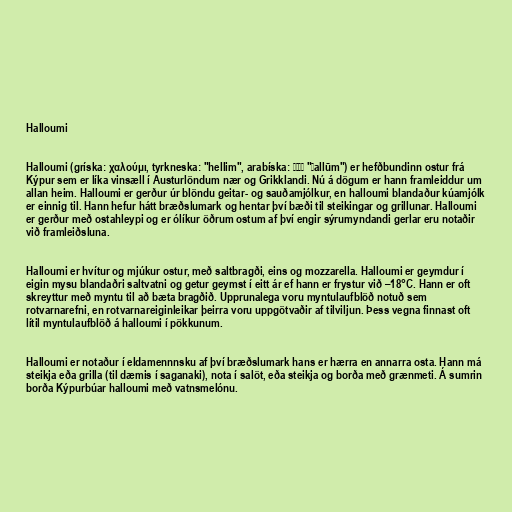
Halloumi

Halloumi (gríska: χαλούμι, tyrkneska: "hellim", arabíska: حلوم "ḥallūm") er hefðbundinn ostur frá
Kýpur sem er líka vinsæll í Austurlöndum nær og Grikklandi. Nú á dögum er hann framleiddur um
allan heim. Halloumi er gerður úr blöndu geitar- og sauðamjólkur, en halloumi blandaður kúamjólk
er einnig til. Hann hefur hátt bræðslumark og hentar því bæði til steikingar og grillunar. Halloumi
er gerður með ostahleypi og er ólíkur öðrum ostum af því engir sýrumyndandi gerlar eru notaðir
við framleiðsluna.

Halloumi er hvítur og mjúkur ostur, með saltbragði, eins og mozzarella. Halloumi er geymdur í
eigin mysu blandaðri saltvatni og getur geymst í eitt ár ef hann er frystur við –18°C. Hann er oft
skreyttur með myntu til að bæta bragðið. Upprunalega voru myntulaufblöð notuð sem
rotvarnarefni, en rotvarnareiginleikar þeirra voru uppgötvaðir af tilviljun. Þess vegna finnast oft
lítil myntulaufblöð á halloumi í pökkunum.

Halloumi er notaður í eldamennnsku af því bræðslumark hans er hærra en annarra osta. Hann má
steikja eða grilla (til dæmis í saganaki), nota í salöt, eða steikja og borða með grænmeti. Á sumrin
borða Kýpurbúar halloumi með vatnsmelónu.